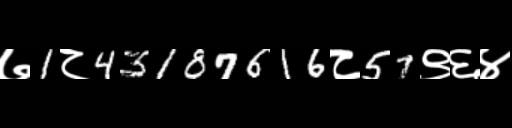
Text: ७1८43187616८57९६४